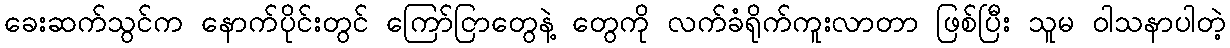
ခေးဆက်သွင်က နောက်ပိုင်းတွင် ကြော်ငြာတွေနဲ့ တွေကို လက်ခံရိုက်ကူးလာတာ ဖြစ်ပြီး သူမ ဝါသနာပါတဲ့